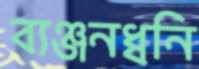
ব্যঞ্জনধ্বনি